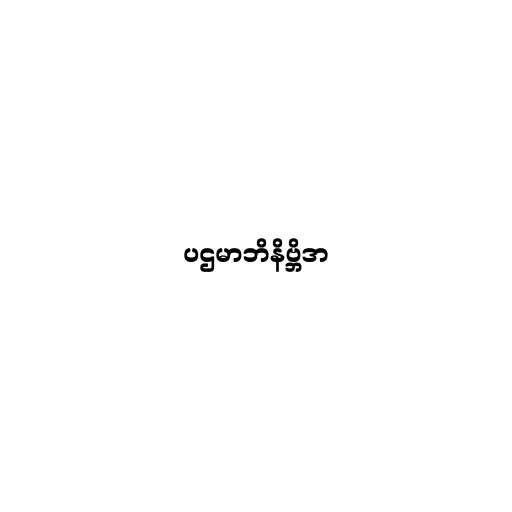
ပဌမာဘိနိဗ္ဘိဒာ